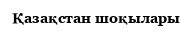
Қазақстан шоқылары